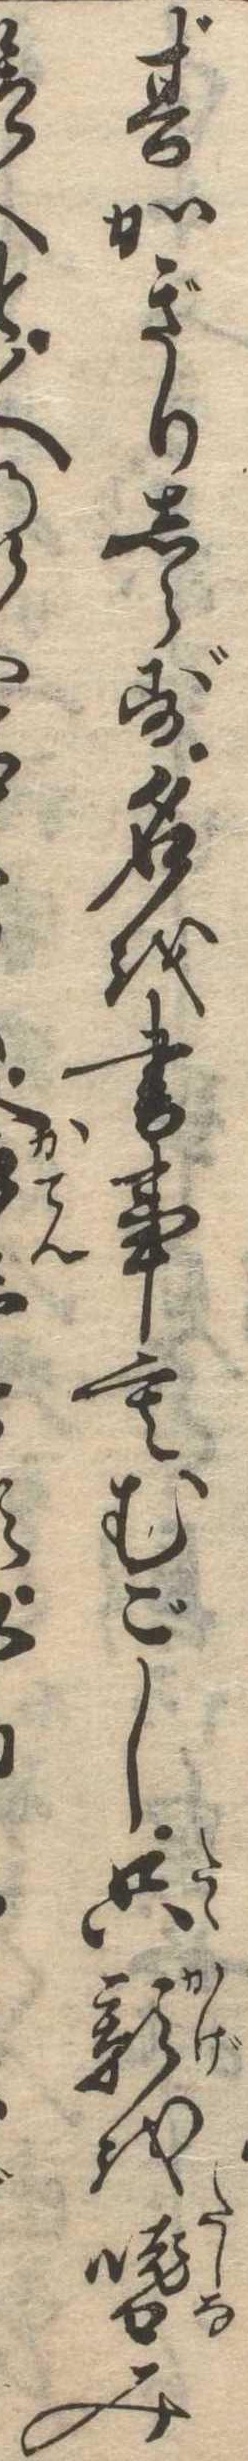
其かぎりしらず名を書事もむごし只影を嗜みと